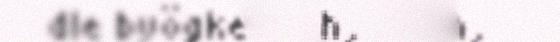
dle byögkeles åårganh,